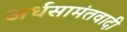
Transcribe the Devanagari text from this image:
अर्धसामंतवादी